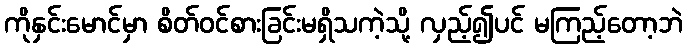
ကိုနှင်းမောင်မှာ စိတ်ဝင်စားခြင်းမရှိသကဲ့သို့ လှည့်၍ပင် မကြည့်တော့ဘဲ